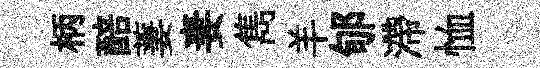
柄醅萋妻雋羊郇滯恤